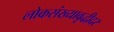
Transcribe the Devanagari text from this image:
लोकसंख्यावृद्धीदर